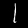
Label: 1